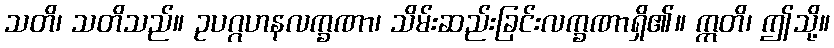
သတိ၊ သတိသည်။ ဥပဂ္ဂဟနလက္ခဏာ၊ သိမ်းဆည်းခြင်းလက္ခဏာရှိ၏။ ဣတိ၊ ဤသို့။